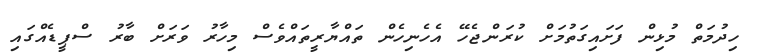
ހިދުމަތް މުޅިން ފަށައިގަތުމަށް ކުރަންޖެހޭ އެހެނިހެން ތައްޔާރީތައްވެސް މިހާރު ވަރަށް ބާރު ސްޕީޑެއްގައި